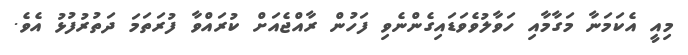
މިއީ އެކަމަނާ މަގާމާއި ހަވާލުވެވަޑައިގެންނެވި ފަހުން ރާއްޖެއަށް ކުރައްވާ ފުރަތަމަ ދަތުރުފުޅު އެވެ.